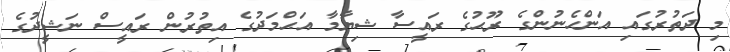
މި ދަތުރުގައި އަންހެނުންގެ ރޫޙުގެ ރައީސާ ޝިޔާމާ އަޙްމަދުގެ އިތުރުން ރައީސް ނަޝީދުގެ